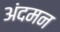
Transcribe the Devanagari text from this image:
अंदमन